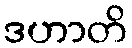
ဒဟာတိ